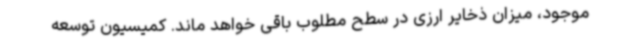
موجود، میزان ذخایر ارزی در سطح مطلوب باقی خواهد ماند. کمیسیون توسعه